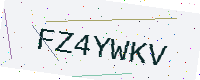
Text: FZ4YWKV